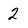
Character: 2